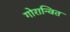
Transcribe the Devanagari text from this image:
गोरान्वित